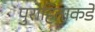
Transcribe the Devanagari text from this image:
पुरोहिताकडे